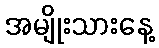
အမျိုးသားနေ့